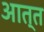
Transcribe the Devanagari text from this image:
आत्त